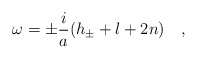
\begin{align*}\omega=\pm\frac{i}{a}(h_{\pm} + l + 2n)\quad, \end{align*}